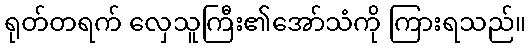
ရုတ်တရက် လှေသူကြီး၏အော်သံကို ကြားရသည်။